Indian journal of veterinary science and animal husbandry - Volume 2,
Year: 1932
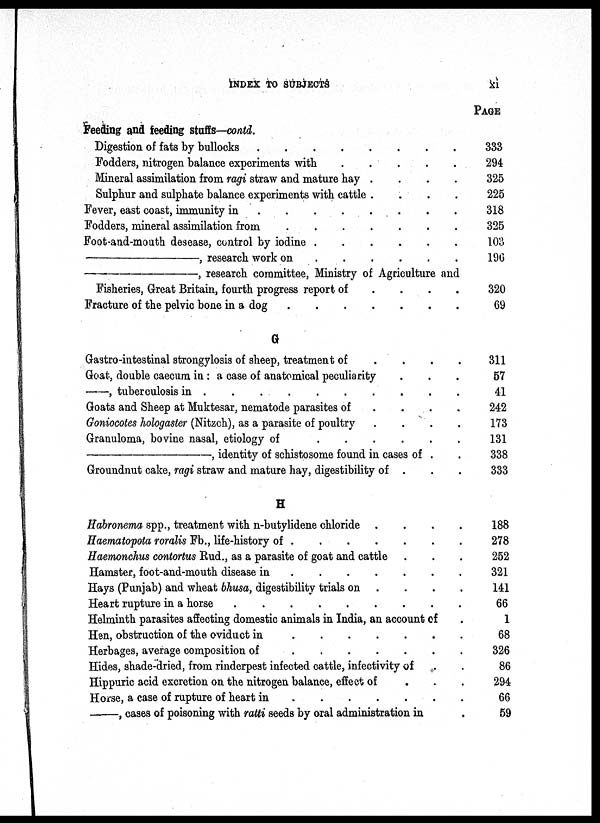
INDEX TO SUBJECTS
XI
Feeding and feeding stuffs—contd.
Digestion of fats by bullocks
.
.
.
.
.
.
.
.
Fodders, nitrogen balance experiments with . . . . . . . .
Mineral assimilation from ragi straw and mature hay . . . . . . . .
Sulphur and sulphate balance experiments with cattle .
Fever, east coast, immunity
in.
.
.
.
.
.
.
.
Fodders, mineral assimilation from.
.
.
.
.
.
.
.
Foot-and-mouth desease, control by iodine. . . . . . . .
—,
research work on. . . . . . . .
—,
research committee, Ministry of Agriculture and
Fisheries, Great Britain, fourth progress report of. . . . . . . .
Fracture of the pelvic bone in a
dog.
.
.
.
.
.
.
.
G
Gastro-intestinal strongylosis of sheep, treatment of. . . . . . . .
Goat, double caecum in : a case of anatomical peculiarity. . . . . . . .
—, tuberculosis in . . . . . . . .
Goats and Sheep at Muktesar, nematode parasites of. . . . . . . .
Goniocotes hologaster (Nitzch), as a parasite of poultry. . . . . . . .
Granuloma, bovine nasal, etiology
of. . . . . . . .
—,
identity of schistosome found in cases of . .
Groundnut cake, ragi straw and mature hay, digestibility of . . .
H
Habronema spp., treatment with n-butylidene chloride . . . . . . . .
Haematopota roralis Fb., life-history of. . . . . . . .
Haemonchus contortus Rud., as a parasite of goat and cattle
Hamster, foot-and-mouth disease in. . . . . . . .
Hays (Punjab) and wheat bhusa, digestibility trials on . . . . . . . .
Heart rupture in a horse
.
.
.
.
.
.
.
.
Helminth parasites affecting domestic animals in India, an account of
Hen, obstruction of the oviduct in . . . . . . . .
Herbages, average composition of
.
.
.
.
.
.
.
.
Hides, shade-dried, from rinderpest infected cattle, infectivity of . .
Hippuric acid excretion on the nitrogen balance, effect of . . .
Horse, a case of rupture of heart in . . . . . . . .
, cases of poisoning with ratti seeds by oral administration in .
PAGE
333
294
325
225
318
325
103
196
320
69
311
57
41
242
173
131
338
333
188
278
252
321
141
66
1
68
326
86
294
66
59